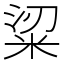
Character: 𥹭